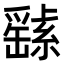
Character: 𦅸